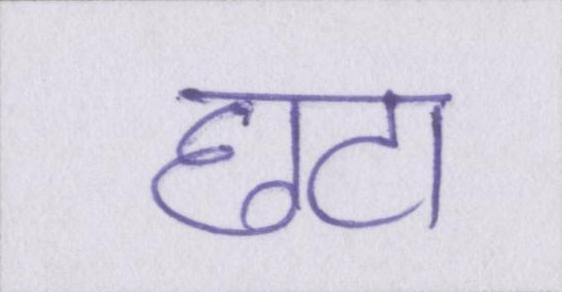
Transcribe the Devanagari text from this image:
छटा